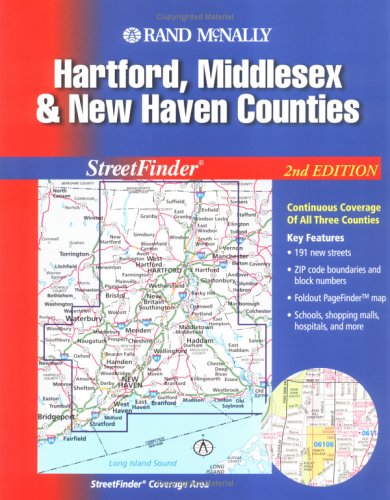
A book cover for Rand McNally Hartford, Middlesex & New Haven Counties, Conneticut: Street Finder; Rand McNally and Company; Travel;